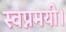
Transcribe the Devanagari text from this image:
स्वप्नमयी।